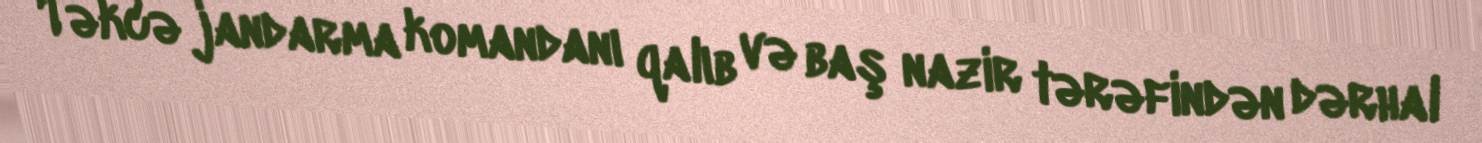
Təkcə jandarma komandanı qalıb və baş nazir tərəfindən dərhal